Bréfritari: Þórarinn Stefánsson
Dagsetning: A-1933-05-22
Skrifað á: Vesturheimi

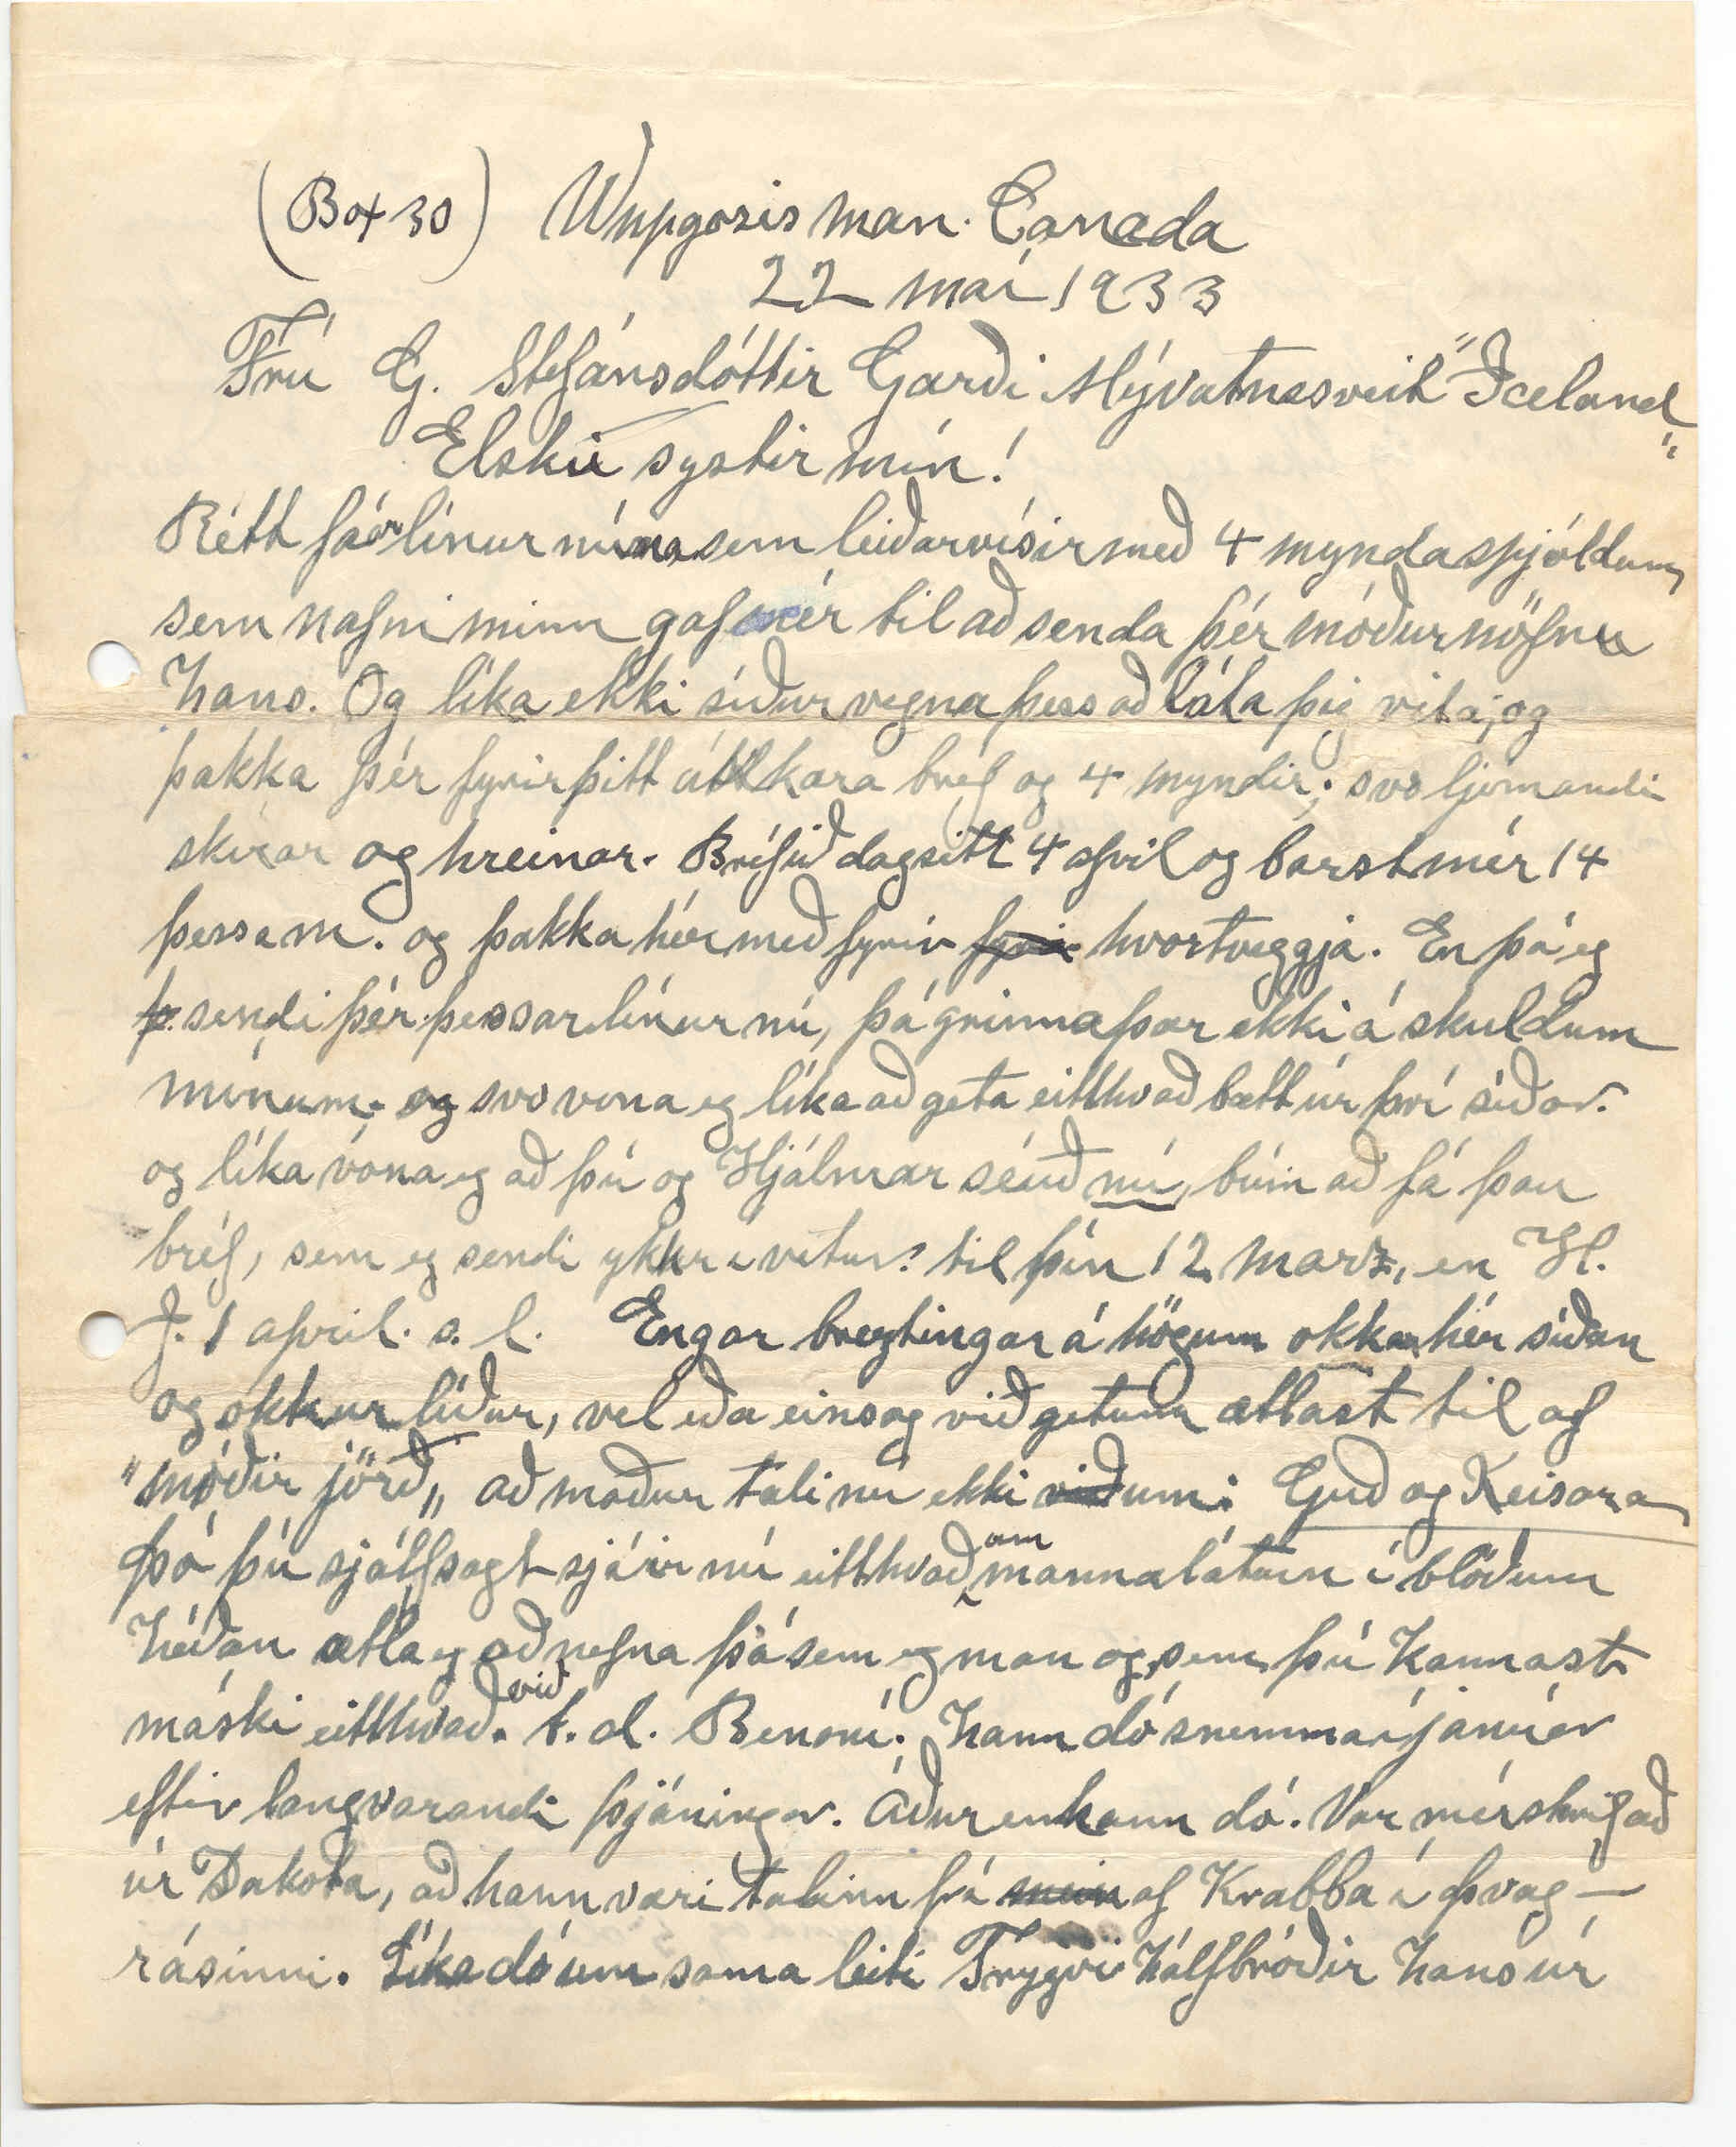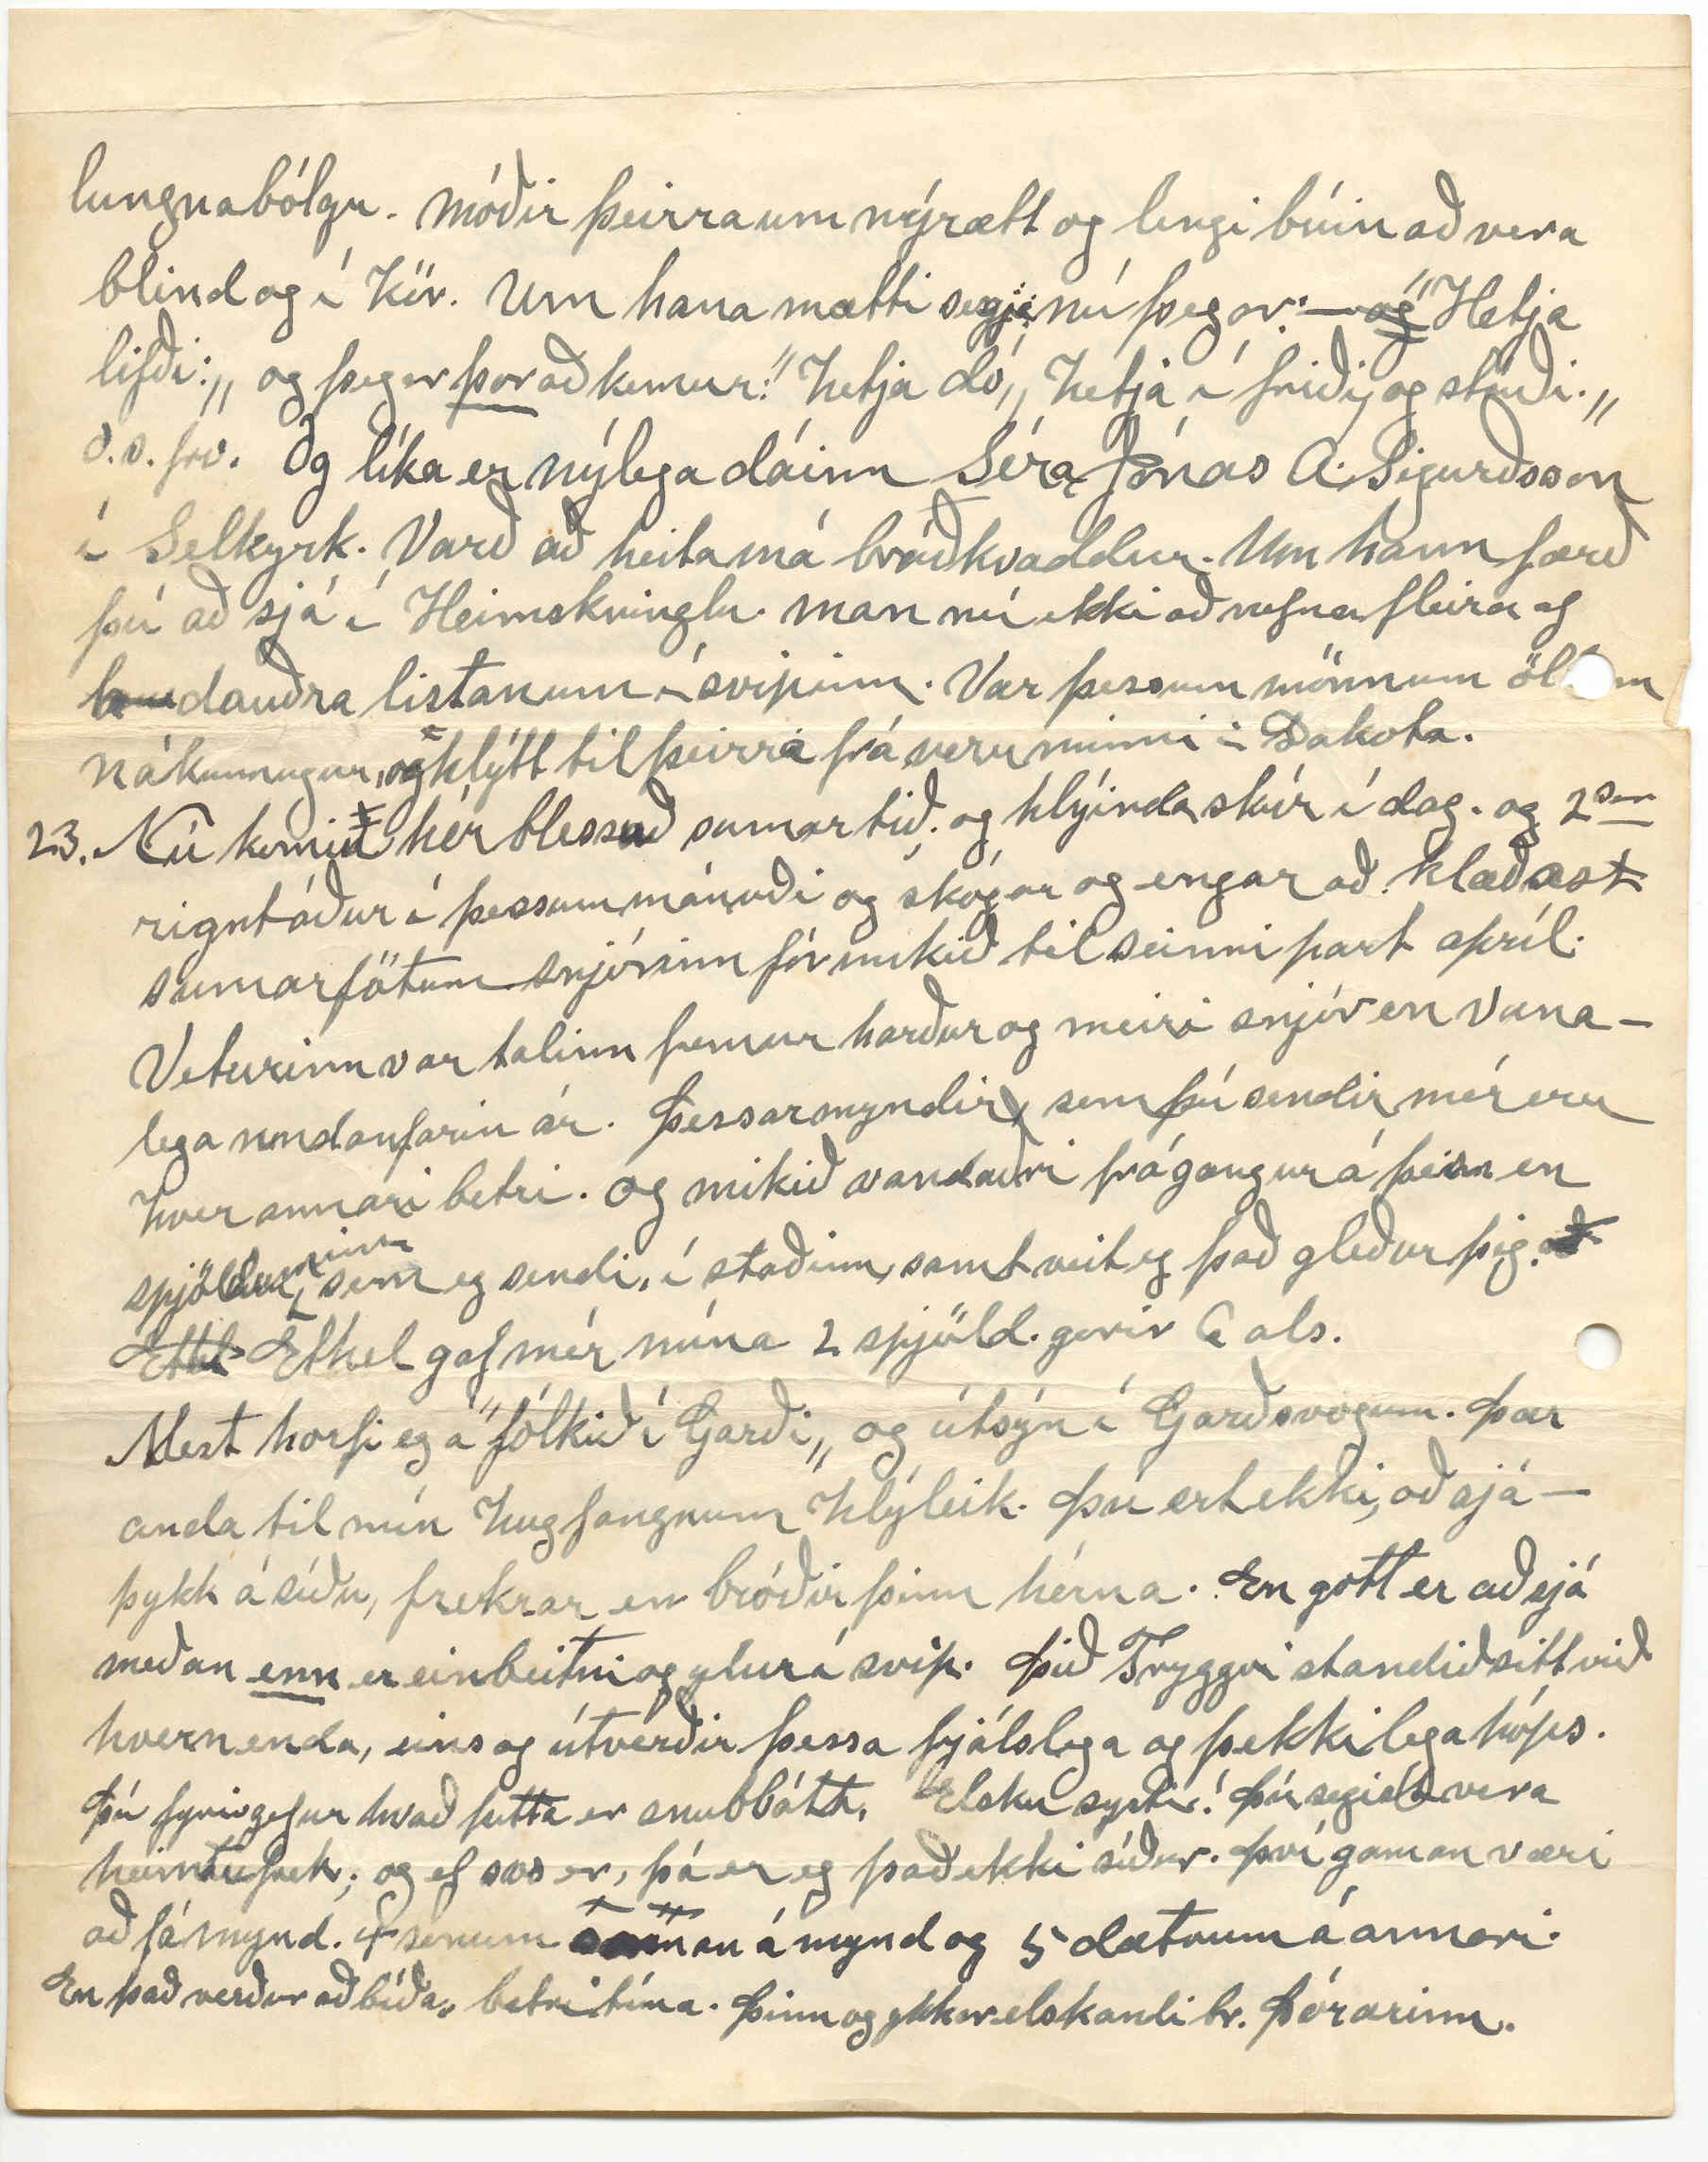

(Box 30) Wnpgosis Man. Canada
22 maí 1933
Frú G. Stefánsdóttir Garði Mývatnssveit ”Iceland„
Elsku systir mín!
Rétt fá
ar
línur núna sem leiðarvísir með 4 myndaspjóldum sem nafni minn gaf mér til að senda þér móðurnöfnu hans. Og líka ekki síður vegna þess að láta þig vita; og þakka þér fyrir þitt ástkæra bréf og 4 myndir; svo ljómandi skírar og hreinar. Bréfið dagsitt 4 april og barst mér 14 þessa m. og þakka hér með fyrir
fyrir
hvortveggja. En þó eg
þ
sendi þér þessar línur nú, þá grinna þær ekki á skuldum mínum; og svo vona eg líka að geta eitthvað bætt úr því síðar. og líka vona eg að þú og Hjálmar séuð
nú
búin að fá þau bréf, sem eg sendi ykkr í vetur? til þín 12. marz, en H. J. 1 april. s.l. Engar breytingar á högum okkar hér síðan og okkur líður, vel eða eins og við getum ætlast til af ”móðir jörð„ að maður tali nú ekki
við
um:
Guð og Keisara
Þó þú sjálfsagt sjáir nú eitthvað
um
mannalátun í blöðum héðan ætla eg að nefna þá sem eg man og, sem þú kannast máski eitthvað
við
. t.d. Benoní. hann dó snemma í janúar eftir langvarandi þjáningar. Áður en hann dó. Var mér skrifað úr Dakota, að hann væri talinn frá
mein
af Krabba í Þvagrásinni. Líka dó um sama leiti Trygvi hálfbróðir hans úr
lungnabólgu. Móðir þeirra um nýrætt og lengi búin að vera blind og í kör. Um hana mætti segja nú þegar: -
og
”Hetja lifði:„ og þegar
þar
að kemur: ”hetja dó„ hetja í friði og stríði.„ o.s.frv. Og líka er nýlega dáinn Séra Jónas A. Sigurðsson í Selkyrk. Varð að heita má bráðkvaddur. Um hann færð þú að sjá í Heimskringlu. man nú ekki að nefna fleira af
h0
dauðra listanum í svipinn. Var þessum mönnum öllum nákunnugur, og hlýtt til þeirra frá veru minni í Dakota.
23. Nú komi
ð
n hér blessuð sumartið; og hlýindaskúr í dag. og 2
sar
rignt áður í þessum mánuði og skógar og engar að klæðast sumarfötum. snjórinn fór mikið til seinni part apríl. Veturinn var talinn fremur harður og meiri snjór en vanalega undanfarin ár. Þessar myndir, sem þú sendir mér eru hver annari betri. og mikið vandaðri frágangur á þeim en spjöl
00
dumin sem eg sendi, í staðinn, samt veit eg það gleður þig.
að Ethl
Ethel gaf mér núna 2 spjöld. gerir 6 als.
Mest horfi eg á ”fólkið í Garði„ og útsýn í Garðsvoginn. Þær anda til mín hugfangnum hlýleik. Þú ert ekki, að sjá - þykk á síðu, frekrar en bróðir þinn hérna. En gott er að sjá meðan
enn
er einbeitni og ylur í svip. Þið Tryggvi standið sitt við hvern enda, eins og útverðir þessa frjálslega og þekkilega hóps. Þú fyrirgefur hvað þetta er snubbótt. Elsku systir! Þú segist vera heimtufrek; og ef svo er, þá er eg það ekki síður. Því gaman væri að fá mynd. 4 sonum
saman
á mynd og 5 dætrum á annari. En það verður að bíða, betri tíma. Þinn og ykkar elskandi br. Þórarinn.